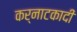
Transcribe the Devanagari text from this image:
कर्नाटकादी